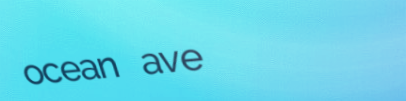
ocean ave